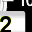
Digit: 2